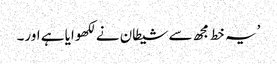
’یہ خط مجھ سے شیطان نے لکھوایا ہے اور۔